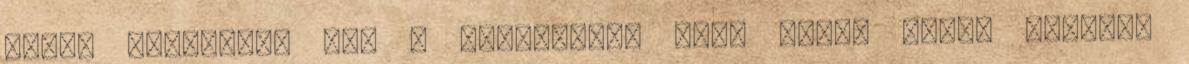
lassú kínhalált hal a színvonal, lásd Glee. Pedig képesek